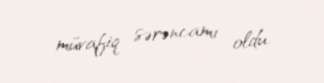
müvafiq sərəncamı oldu.